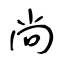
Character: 尚